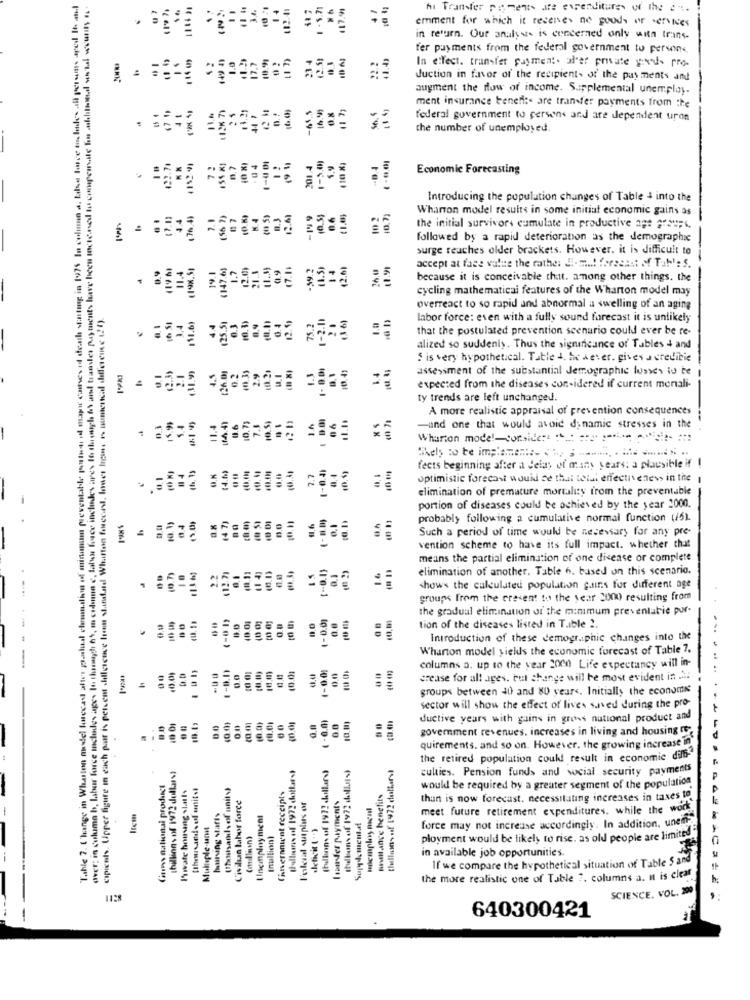
Tahle 7. Change in Wharton model huecas altes palual chem.din of minimum preventable portes il mapi cuies it death sintag in 19975 In colman a, tale force moldes all persons aped 6 .n.l
over; in columa b, labor force Includes ages lo though 65, m cedana e, tales luce includes ares 16 though 6\ and transfer payments have been mctensed to compensate to askhibbel won'tal wounits .. .
1.8.71
117.91
122.4
hi Transfer payments are expenditures w the en.
emment for which it receives no goods of services
in return. Our analyse is concerned only with trans.
12.51
fer payments from the federal government to persons
In effect. transfer payment. al'er private you'd- pro-
Juction in favor of the recipients of the pay ments and
augment the flow of income. Supplemental unemplay.
ment insurance benen:« are transfer payments from the
41
( 13% 71
Se. "
federal government to persons and are dependent upon
the number of unemployed.
122.70
10 %
-04
1-00
201.4
Economic Forecasting
Introducing the population changes of Table 4 into the
17 . 1)
44
(56 )
07
N.4
(1 5)
-199
.6
10 2
10.7)
Wharton model results in some initial economic gains as
the initial survivors cumulate in productive 2## 2.F.
followed by a rapid deterioration as the demographic
surge reaches older brackets. However, it is difficult to
0.9
119 %)
(147.6)
1.7
12.0)
7.11
(1.5)
14
12.61
36,0
1.91
11.4
19.1
21.3
-99.2
accept at face value the rather Ji-ma! forecast of Tab': S.
because it is conceivable that. among other things. the
cycling mathematicai features of the Wharton model may
cipients. Upper figure in each patr is percent dillerence In standard Whitten forecast, lower lgs. 1 numerical difference ( !! ).
overreact to so rapid and abnormal a swelling of an aging
3.4
111.61
4.4
(25.5
0.3
0,4
0.4
75.2
1-201
1.0
labor force: even with a fully sound forecast it is unlikely
that the postulated prevention scenario could ever be re-
. :
alized so suddenis. Thus the significance of Tables + and
: is very hypothetical. Table +, I wever. gives a creditie
$2.39
2.1
4.5
26 0
0.2
10.33
2.9
10.49
1.4
assessment of the substantial demographic losses iu be
expected from the diseases considered if current mentali-
ty trends are left unchanged.
0,73
1.h
A more realistic appraisal of prevention consequences
0.3
15.9
5.4
11.4
0.6
7.3
06
-und one that would avoid dynamic stresses in the
Wharton mode !- conside :: : : :: :***** ****- *
Chely :o te imp .=====:::. . . .......... .... ......... ..
14.1)
0.1
7.7
1-0.4)
(0.5)
fects beginning after a delay of many years: a plausible if I
optimistic forecast would ce thai total effectiveness in the
elimination of premature mortality from the preventable
(47)
10.11
portion of diseases could be achieved by the year 2000.
0.4
0.0
11.6
0.1
probably following a cumulative normal function (5).
Such a period of time would be necessary for any pre-
vention scheme to have its full impact. whether that
means the partial elimination of one disease or complete
(0.7)
10
2.2
112 7
0.1
15
(-0.1)
1.6
elimination of another. Table 6. based on this scenario.
shows the calculated population guins for different age
groups from the cresent to the year 2000 resulting from
10.01
(-0.0)
the gradual elimination of the minimum preventatie pur-
0.0
0.0
tion of the diseases listed in Tible 2.
... +
Introduction of these demographic changes into the
Wharton model yields the economic forecast of Table ?.
1-0.0)
00
10.01
0.0
0.0
columns a. up to the year 2000 Life expectancy will in-
crease for all ages. but change will be most evident in ...
groups between 40 and 8) years. Initially the economic
-
( -0.0)
sector will show the effect of lives saved during the pro-
0.0
0.0
00
0,01
ductive years with gains in gross national product and
:
government revenues. increases in living and housing fre
quirements. and so on. However, the growing increase in
Ihelbons of 1972 dollars)
(helloons .of 1972 cutters)
the retired population could result in economic dilb-
(billions of 1972 dollars)
(albuns of 1972 dollarst
(bilbon of 1972 dollars)
culties. Pension funds and social security payments
Gums national product
(Thousands of units)
Private housing statis
Cimernnwat receipts
mittance benefits
would be required by a greater segment of the population
Civilian labor force
Ion der payments
than is now forecast. necessitating increases in taxes to
baiting starts
1 Inemployment
meet future retirement expenditures. while the work
Mullaple.unit
deficit ( ")
R
(nullion)
force may not increase accordingly. In addition, unem
ployment would be likely to rise, as old people are limited
in available job opportunities.
If we compare the hypothetical situation of Table S and
the more realistic one of Table 7. columns a. It is clear
SCIENCE. VOL. 20
640300421